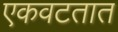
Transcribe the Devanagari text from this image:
एकवटतात